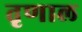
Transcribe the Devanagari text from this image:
तृणाल